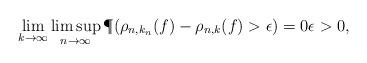
LaTeX: \begin{align*} \lim_{k \to \infty} \limsup_{n \to \infty} \P(\rho_{n,k_n}(f)-\rho_{n,k}(f) > \epsilon) = 0 \epsilon > 0,\end{align*}